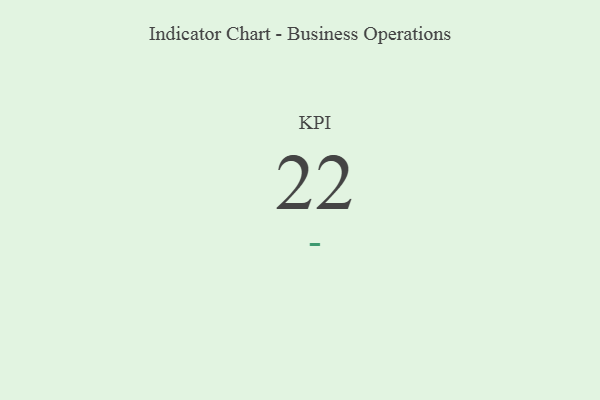
{"axis": {"x": "KPI", "y": "Value"}, "legend": [""], "data": [{"x": "KPI", "y": 22, "type": ""}]}